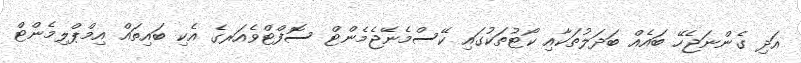
އަދި ގެންނަޖެހޭ ބައެއް ބަދަލުތަކާއި ކޯޓުތަކުގައި ކޭސްމެނޭޖެމެންޓް ސޮފްޓްވެއަރގެ އެކި ބައިތައް އިމްޕްލިމެންޓް